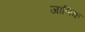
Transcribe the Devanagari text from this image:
जाणिक